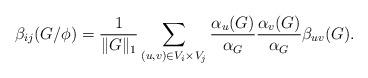
LaTeX: \begin{align*}\beta_{ij}(G/\phi)=\frac {1}{\|G\|_1}\sum_{(u,v)\in V_i\times V_j}\frac{\alpha_u(G)}{\alpha_G}\frac{\alpha_v(G)}{\alpha_G}\beta_{uv}(G).\end{align*}